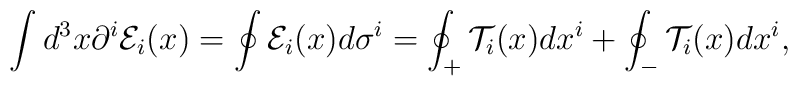
\int d^3x \partial^i {\cal E}_i(x) = \oint {\cal E}_i(x) d\sigma^i   = \oint_+ {\cal T}_i(x) dx^i + \oint_- {\cal T}_i(x) dx^i,